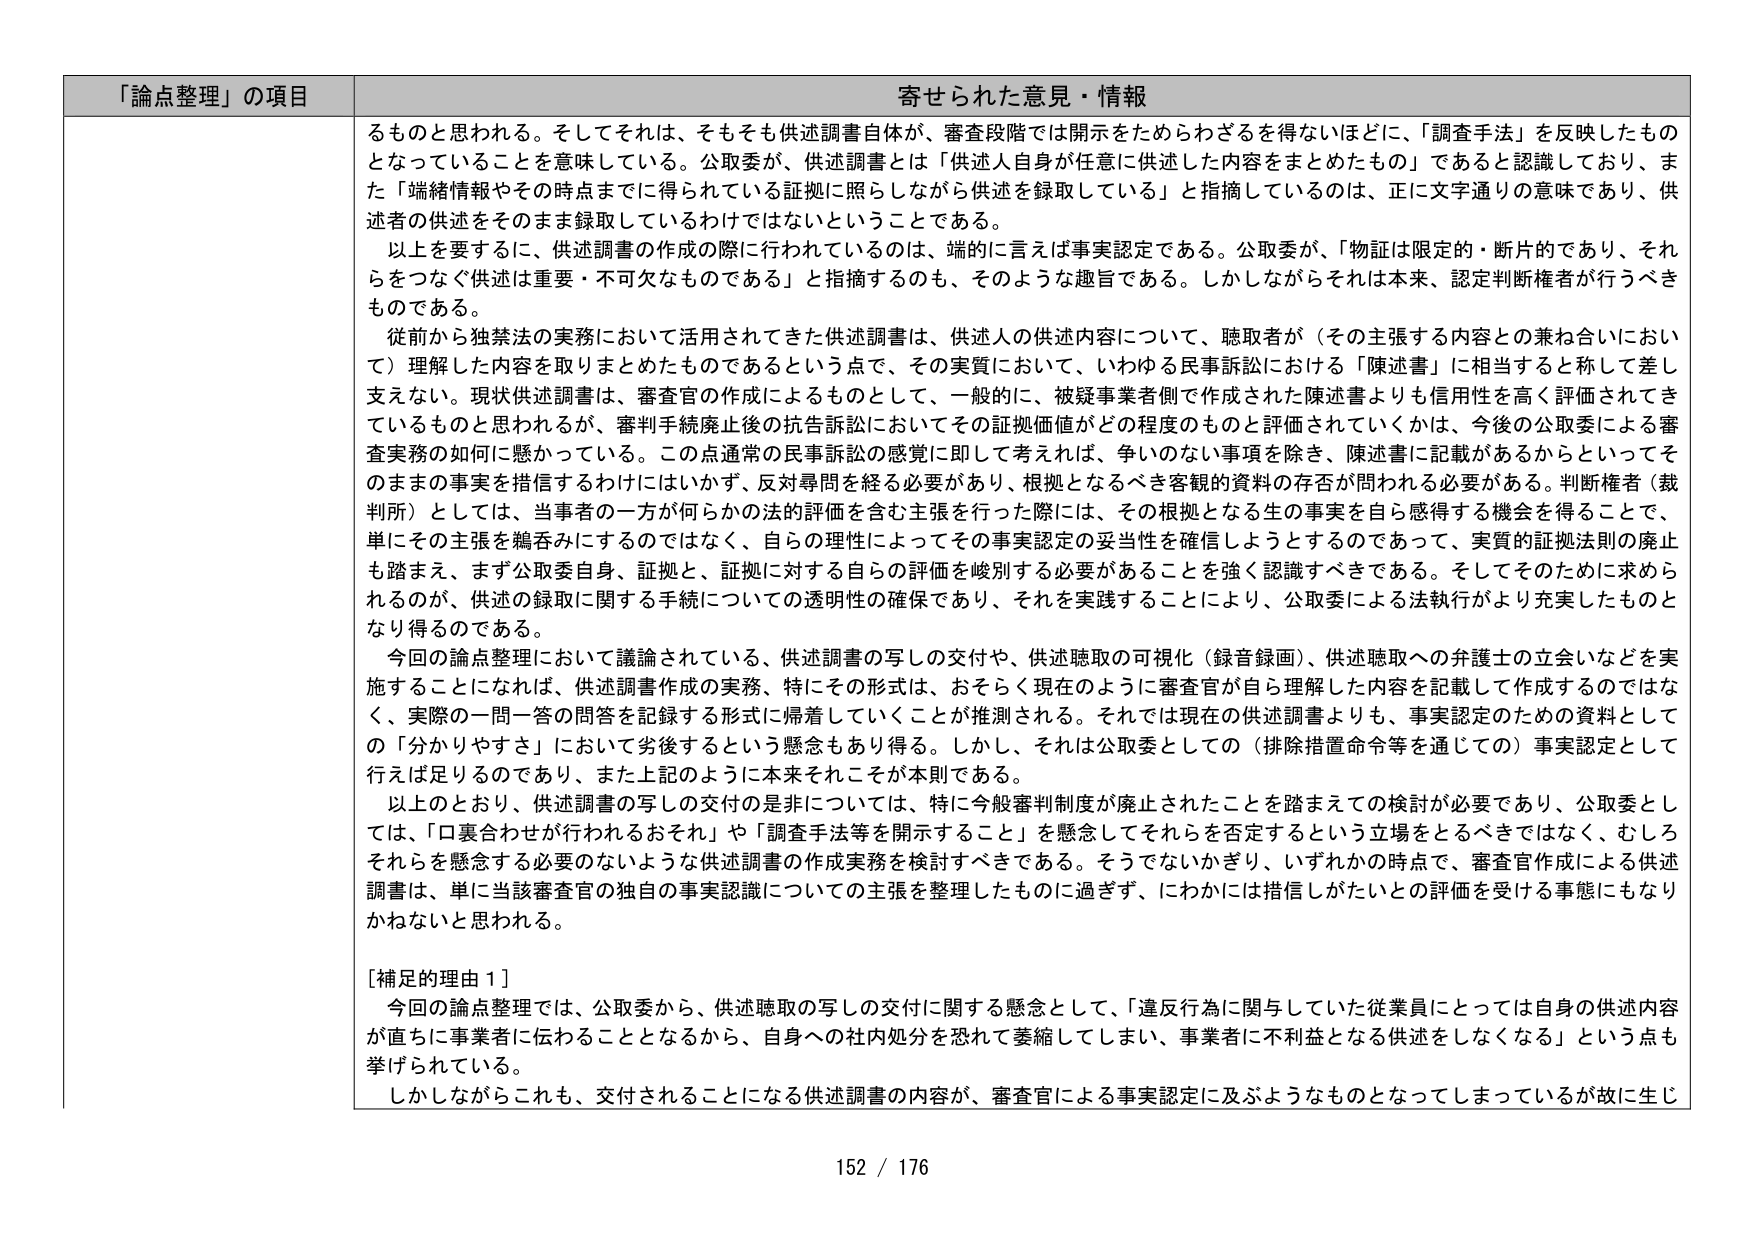
「論点整理」の項目 寄せられた意見・情報

るものと思われる。そしてそれは、そもそも供述調書自体が、審査段階では開示をためらわざるを得ないほどに、「調査手法」を反映したものとなっていることを意味している。公取委が、供述調書とは「供述人自身が任意に供述した内容をまとめたもの」であると認識しており、また「端緒情報やその時点までに得られている証拠に照らしながら供述を録取している」と指摘しているのは、正に文字通りの意味であり、供述者の供述をそのまま録取しているわけではないということである。

以上を要するに、供述調書の作成の際に行われているのは、端的に言えば事実認定である。公取委が、「物証は限定的・断片的であり、それらをつなぐ供述は重要・不可欠なものである」と指摘するのも、そのような趣旨である。しかしながらそれは本来、認定判断権者が行うべきものである。

従前から独禁法の実務において活用されてきた供述調書は、供述人の供述内容について、聴取者が（その主張する内容との兼ね合いにおいて）理解した内容を取りまとめたものであるという点で、その実質において、いわゆる民事訴訟における「陳述書」に相当すると称して差し支えない。現状供述調書は、審査官の作成によるものとして、一般的に、被疑事業者側で作成された陳述書よりも信用性を高く評価されてきているものと思われるが、審判手続廃止後の抗告訴訟においてその証拠価値がどの程度のものと評価されていくかは、今後の公取委による審査実務の如何に懸かっている。この点通常の民事訴訟の感覚に即して考えれば、争いのない事項を除き、陳述書に記載があるからといってそのままの事実を措信するわけにはいかず、反対尋問を経る必要があり、根拠となるべき客観的資料の存否が問われる必要がある。判断権者（裁判所）としては、当事者の一方が何らかの法的評価を含む主張を行った際には、その根拠となる生の事実を自ら感得する機会を得ることで、単にその主張を鵜呑みにするのではなく、自らの理性によってその事実認定の妥当性を確信しようとするのであって、実質的証拠法則の廃止も踏まえ、まず公取委自身、証拠と、証拠に対する自らの評価を峻別する必要があることを強く認識すべきである。そしてそのために求められるのが、供述の録取に関する手続についての透明性の確保であり、それを実践することにより、公取委による法執行がより充実したものとなり得るのである。

今回の論点整理において議論されている、供述調書の写しの交付や、供述聴取の可視化（録音録画）、供述聴取への弁護士の立会いなどを実施することになれば、供述調書作成の実務、特にその形式は、おそらく現在のように審査官が自ら理解した内容を記載して作成するのではなく、実際の一問一答の問答を記録する形式に帰着していくことが推測される。それでは現在の供述調書よりも、事実認定のための資料としての「分かりやすさ」において劣後するという懸念もあり得る。しかし、それは公取委としての（排除措置命令等を通じての）事実認定として行えば足りるのであり、また上記のように本来それこそが本則である。

以上のことより、供述調書の写しの交付の是非については、特に今般審判制度が廃止されたことを踏まえての検討が必要であり、公取委としては、「口裏合わせが行われるおそれ」や「調査手法等を開示すること」を懸念してそれらを否定するという立場をとるべきではなく、むしろそれらを懸念する必要のないような供述調書の作成実務を検討すべきである。そうでないかぎり、いずれかの時点で、審査官作成による供述調書は、単に当該審査官の独自の事実認識についての主張を整理したものに過ぎず、にわかには措信しがたいとの評価を受ける事態にもなりかねないと思われる。

[補足的理由１]
今回の論点整理では、公取委から、供述聴取の写しの交付に関する懸念として、「違反行為に関与していた従業員にとっては自身の供述内容が直ちに事業者に伝わることとなるから、自身への社内処分を恐れて萎縮してしまい、事業者に不利益となる供述をしなくなる」という点も挙げられている。
しかしながらこれも、交付されることになる供述調書の内容が、審査官による事実認定に及ぶようなものとなってしまっているが故に生じ

152 / 176